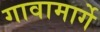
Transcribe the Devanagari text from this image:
गावामार्गे